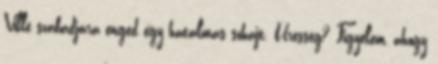
Ville szabadjára enged egy hatalmas sóhajt. Üresség? Figyelem, ahogy